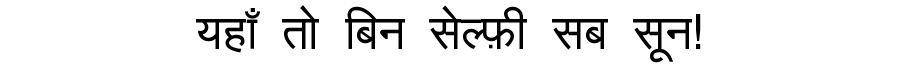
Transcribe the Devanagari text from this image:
यहाँ तो बिन सेल्फ़ी सब सून!